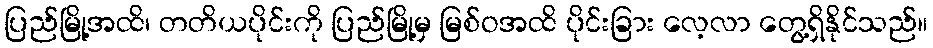
ပြည်မြို့အထိ၊ တတိယပိုင်းကို ပြည်မြို့မှ မြစ်ဝအထိ ပိုင်းခြား လေ့လာ တွေ့ရှိနိုင်သည်။